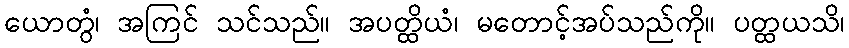
ယောတွံ၊ အကြင် သင်သည်။ အပတ္ထိယံ၊ မတောင့်အပ်သည်ကို။ ပတ္ထယသိ၊